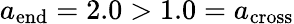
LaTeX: a_{\mathrm{end}}=2.0>1.0=a_{\mathrm{cross}}